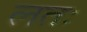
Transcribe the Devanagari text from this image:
लतः